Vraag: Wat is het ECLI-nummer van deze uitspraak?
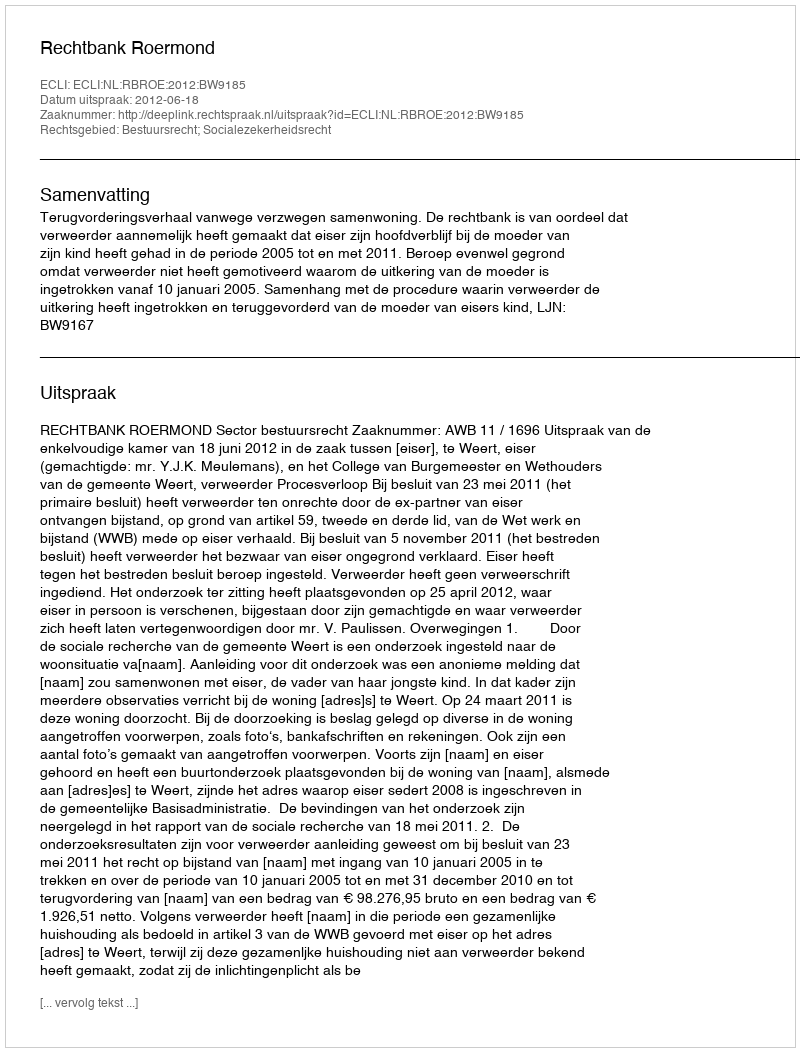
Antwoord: ECLI:NL:RBROE:2012:BW9185